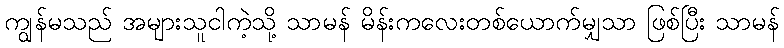
ကျွန်မသည် အများသူငါကဲ့သို့ သာမန် မိန်းကလေးတစ်ယောက်မျှသာ ဖြစ်ပြီး သာမန်